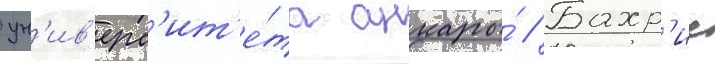
ун'ив'ерс'ит'е́та анкары́ // Бахр'ие